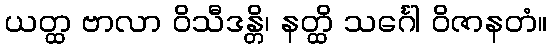
ယတ္ထ ဗာလာ ဝိသီဒန္တိ၊ နတ္ထိ သင်္ဂေါ ဝိဇာနတံ။